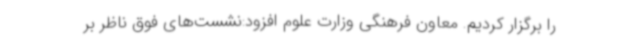
را برگزار کردیم. معاون فرهنگی وزارت علوم افزود:نشست‌های فوق ناظر بر